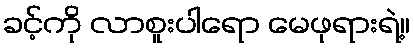
ခင့်ကို လာစူးပါရော မေဖုရားရဲ့။